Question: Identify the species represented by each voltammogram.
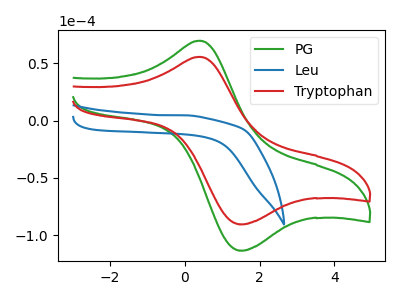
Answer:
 <answer>The green curve is labeled "PG". The blue curve is labeled "Leu". The red curve is labeled "Tryptophan".</answer>
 <eval></eval>